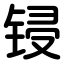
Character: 锓